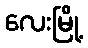
လေးမြို့